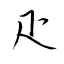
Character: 疋